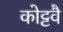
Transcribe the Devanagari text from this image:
कोट्टवै